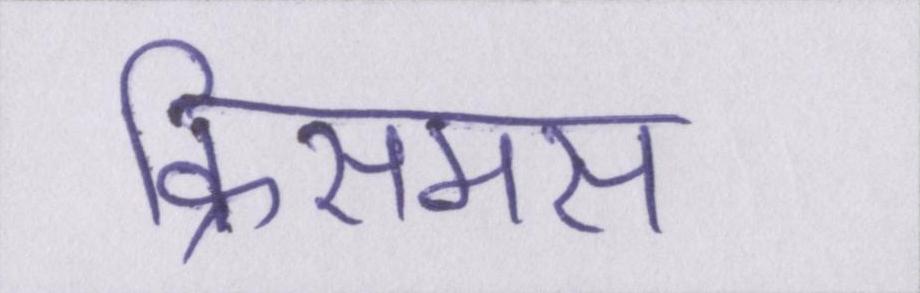
क्रिसमस